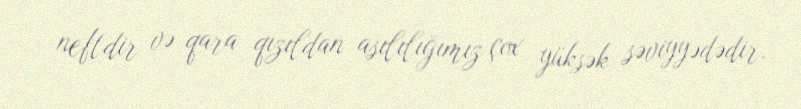
neftdir və qara qızıldan asılılığımız çox yüksək səviyyədədir.